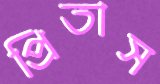
প্রিতাস